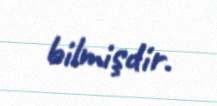
bilmişdir.